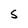
Character: S